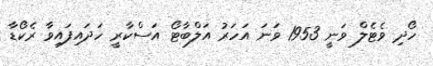
ހޯދި ވެޓެލް ވަނީ 1953 ވަނަ އަހަރު އަލްބާޓޯ އަސްކާރީ ހަދައިފައިވާ ރެކޯޑާ